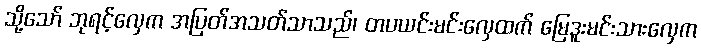
သို့သော် ဘုရင့်လှေက အပြတ်အသတ်သာသည်၊ တပယင်းမင်းလှေထက် မြေဒူးမင်းသားလှေက